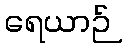
ရေယာဉ်